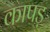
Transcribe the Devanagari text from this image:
कापड़